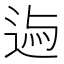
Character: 𨓃